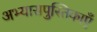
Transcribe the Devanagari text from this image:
अभ्यासपुस्तिकाएँ